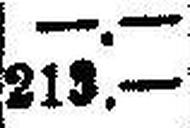
213.—